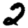
Digit: 2